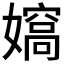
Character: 𡢠